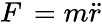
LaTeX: F\, =m{\ddot{r}}